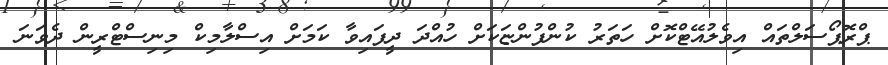
ޕްރޮޕޯސަލްތައް އިވެލުއޭޓްކޮށް ހަތަރު ކުންފުންޏަކަށް ހުއްދަ ދީފައިވާ ކަމަަށް އިސްލާމިކް މިނިސްޓްރީން ދެވަނަ